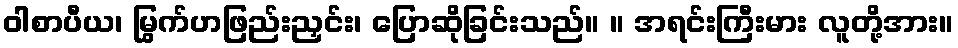
ဝါစာပီယ၊ မြွက်ဟဖြည်းညှင်း၊ ပြောဆိုခြင်းသည်။ ။ အရင်းကြီးမား လူတို့အား။